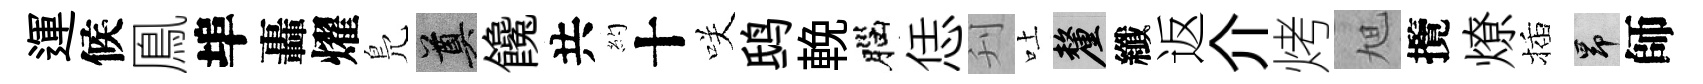
運候鳯埠轟燿鳬奠饞共約十咲鸱輓腦恁刋吐厘纖返介烤旭攬燎插昂師